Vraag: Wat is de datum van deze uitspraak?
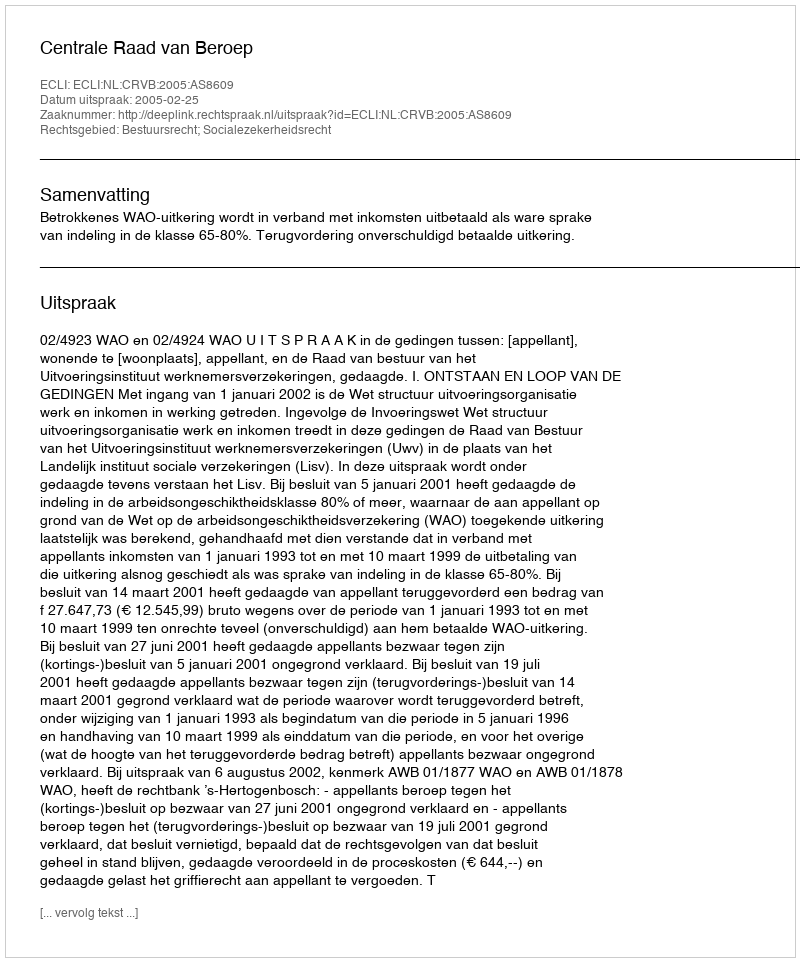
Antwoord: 2005-02-25